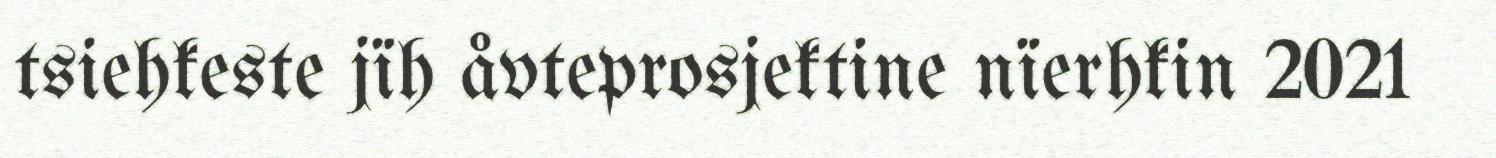
tsiehkeste jïh åvteprosjektine nïerhkin 2021